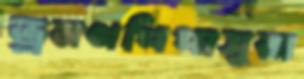
ভ্রমণপিপাসুরা